Subject: math
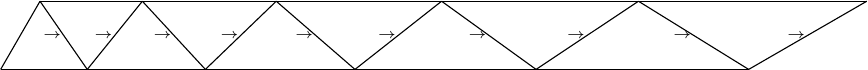
LaTeX code:
    \begin{tikzpicture}
    \draw (0,0)       -- (9.5,0);
    \draw (0,0)       -- (0.5,0.866);
    \draw (0.5,0.866) -- (11,0.866);
    \draw (1.1,0)       -- (0.5,0.866) node [midway, left=-0.1cm] {\tiny$\, \rightarrow$};
    \draw (1.8,0.866) -- (1.1,0)node [midway, left=-0.1cm] {\tiny$\, \rightarrow$};
    \draw (2.6,0)       -- (1.8,0.866) node [midway, left=-0.1cm] {\tiny$\, \rightarrow$};
    \draw (3.5,0.866) -- (2.6,0)node [midway, left=-0.1cm] {\tiny$\, \rightarrow$};
    \draw (4.5,0)       -- (3.5,0.866)node [midway, left=-0.1cm] {\tiny$\, \rightarrow$};
    \draw (5.6,0.866) -- (4.5,0)node [midway, left=-0.1cm] {\tiny$\, \rightarrow$};
    \draw (6.8,0)       -- (5.6,0.866)node [midway, left=-0.1cm] {\tiny$\, \rightarrow$};
    \draw (8.1,0.866) -- (6.8,0)node [midway, left=-0.1cm] {\tiny$\, \rightarrow$};
    \draw (9.5,0)       -- (8.1,0.866)node [midway, left=-0.1cm] {\tiny$\, \rightarrow$};
    \draw (11,0.866) -- (9.5,0)node [midway, left=-0.1cm] {\tiny$\, \rightarrow$};
  \end{tikzpicture}